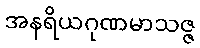
အနရိယဂုဏမာသဇ္ဇ